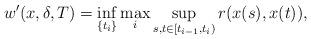
LaTeX: \begin{align*}w'(x,\delta,T)=\inf_{\{t_i\}}\max_i\sup_{s,t\in[t_{i-1},t_i)}r(x(s),x(t)),\end{align*}